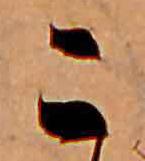
こ